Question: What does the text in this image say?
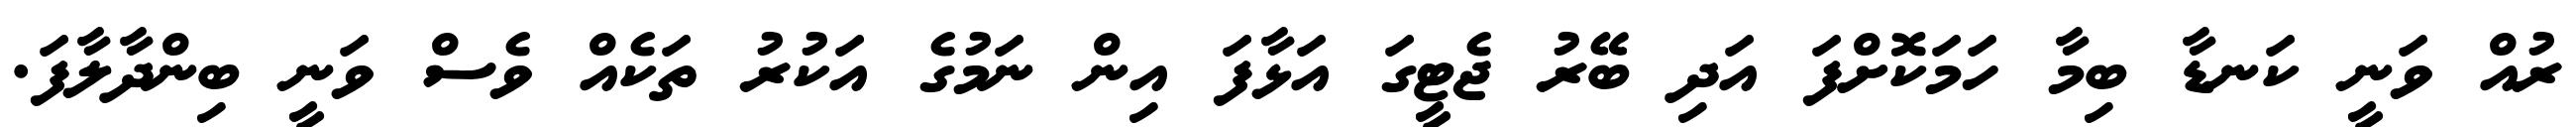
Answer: ރުއް ވަނީ ކަނޑާ ބިމާ ހަމަކޮށްފަ އަދި ބޭރު ޖެޓީގަ އަޅާފަ އިން ނަމުގެ އަކުރު ތަކެއް ވެސް ވަނީ ބިންދާލާފަ.